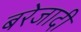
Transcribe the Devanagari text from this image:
बरेजादी